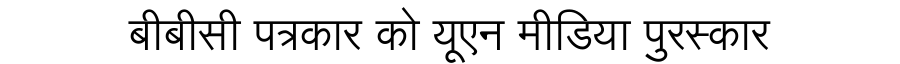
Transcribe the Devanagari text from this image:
बीबीसी पत्रकार को यूएन मीडिया पुरस्कार